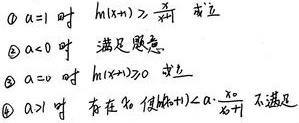
\begin{enumerate}
\item 当 $a = 1$ 时，$h(x)\geq\frac{1}{x}$ 成立
\item 当 $a<0$ 时，满足题意
\item 当 $a = 0$ 时，$h(x)\geq0$ 成立
\item 当 $a>1$ 时，存在 $x_0$ 使 $h(x_0)<a - \frac{x_0}{e}$ 不满足
\end{enumerate}